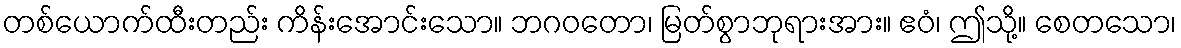
တစ်ယောက်ထီးတည်း ကိန်းအောင်းသော။ ဘဂဝတော၊ မြတ်စွာဘုရားအား။ ဧဝံ၊ ဤသို့။ စေတသော၊